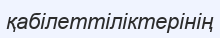
қабілеттіліктерінің